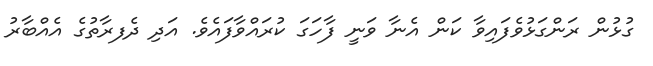
ގުޅުން ރަންގަޅުވެފައިވާ ކަން އެނާ ވަނީ ފާހަގަ ކުރައްވާފައެވެ. އަދި ދެފރާތުގެ އެއްބާރު